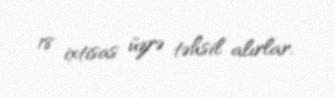
18 ixtisas üzrə təhsil alırlar.